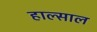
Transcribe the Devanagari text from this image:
हाल्साल